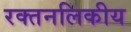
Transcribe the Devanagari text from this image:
रक्तनलिकीय